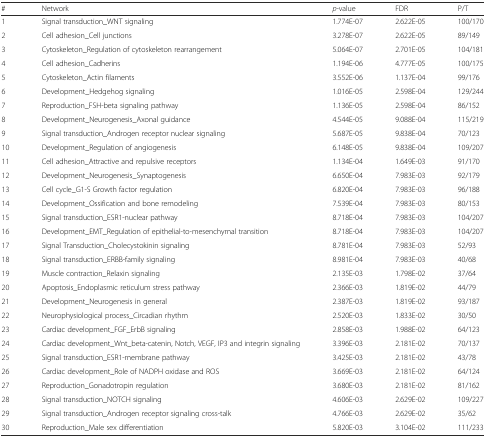
<table><thead><tr><td><b>#</b></td><td><b>Network</b></td><td><b><i>p</i>-value</b></td><td><b>FDR</b></td><td><b>P/T</b></td></tr></thead><tbody><tr><td>1</td><td>Signal transduction_WNT signaling</td><td>1.774E-07</td><td>2.622E-05</td><td>100/170</td></tr><tr><td>2</td><td>Cell adhesion_Cell junctions</td><td>3.278E-07</td><td>2.622E-05</td><td>89/149</td></tr><tr><td>3</td><td>Cytoskeleton_Regulation of cytoskeleton rearrangement</td><td>5.064E-07</td><td>2.701E-05</td><td>104/181</td></tr><tr><td>4</td><td>Cell adhesion_Cadherins</td><td>1.194E-06</td><td>4.777E-05</td><td>100/175</td></tr><tr><td>5</td><td>Cytoskeleton_Actin filaments</td><td>3.552E-06</td><td>1.137E-04</td><td>99/176</td></tr><tr><td>6</td><td>Development_Hedgehog signaling</td><td>1.016E-05</td><td>2.598E-04</td><td>129/244</td></tr><tr><td>7</td><td>Reproduction_FSH-beta signaling pathway</td><td>1.136E-05</td><td>2.598E-04</td><td>86/152</td></tr><tr><td>8</td><td>Development_Neurogenesis_Axonal guidance</td><td>4.544E-05</td><td>9.088E-04</td><td>115/219</td></tr><tr><td>9</td><td>Signal transduction_Androgen receptor nuclear signaling</td><td>5.687E-05</td><td>9.838E-04</td><td>70/123</td></tr><tr><td>10</td><td>Development_Regulation of angiogenesis</td><td>6.148E-05</td><td>9.838E-04</td><td>109/207</td></tr><tr><td>11</td><td>Cell adhesion_Attractive and repulsive receptors</td><td>1.134E-04</td><td>1.649E-03</td><td>91/170</td></tr><tr><td>12</td><td>Development_Neurogenesis_Synaptogenesis</td><td>6.650E-04</td><td>7.983E-03</td><td>92/179</td></tr><tr><td>13</td><td>Cell cycle_G1-S Growth factor regulation</td><td>6.820E-04</td><td>7.983E-03</td><td>96/188</td></tr><tr><td>14</td><td>Development_Ossification and bone remodeling</td><td>7.539E-04</td><td>7.983E-03</td><td>80/153</td></tr><tr><td>15</td><td>Signal transduction_ESR1-nuclear pathway</td><td>8.718E-04</td><td>7.983E-03</td><td>104/207</td></tr><tr><td>16</td><td>Development_EMT_Regulation of epithelial-to-mesenchymal transition</td><td>8.718E-04</td><td>7.983E-03</td><td>104/207</td></tr><tr><td>17</td><td>Signal Transduction_Cholecystokinin signaling</td><td>8.781E-04</td><td>7.983E-03</td><td>52/93</td></tr><tr><td>18</td><td>Signal transduction_ERBB-family signaling</td><td>8.981E-04</td><td>7.983E-03</td><td>40/68</td></tr><tr><td>19</td><td>Muscle contraction_Relaxin signaling</td><td>2.135E-03</td><td>1.798E-02</td><td>37/64</td></tr><tr><td>20</td><td>Apoptosis_Endoplasmic reticulum stress pathway</td><td>2.366E-03</td><td>1.819E-02</td><td>44/79</td></tr><tr><td>21</td><td>Development_Neurogenesis in general</td><td>2.387E-03</td><td>1.819E-02</td><td>93/187</td></tr><tr><td>22</td><td>Neurophysiological process_Circadian rhythm</td><td>2.520E-03</td><td>1.833E-02</td><td>30/50</td></tr><tr><td>23</td><td>Cardiac development_FGF_ErbB signaling</td><td>2.858E-03</td><td>1.988E-02</td><td>64/123</td></tr><tr><td>24</td><td>Cardiac development_Wnt_beta-catenin, Notch, VEGF, IP3 and integrin signaling</td><td>3.396E-03</td><td>2.181E-02</td><td>70/137</td></tr><tr><td>25</td><td>Signal transduction_ESR1-membrane pathway</td><td>3.425E-03</td><td>2.181E-02</td><td>43/78</td></tr><tr><td>26</td><td>Cardiac development_Role of NADPH oxidase and ROS</td><td>3.669E-03</td><td>2.181E-02</td><td>64/124</td></tr><tr><td>27</td><td>Reproduction_Gonadotropin regulation</td><td>3.680E-03</td><td>2.181E-02</td><td>81/162</td></tr><tr><td>28</td><td>Signal transduction_NOTCH signaling</td><td>4.606E-03</td><td>2.629E-02</td><td>109/227</td></tr><tr><td>29</td><td>Signal transduction_Androgen receptor signaling cross-talk</td><td>4.766E-03</td><td>2.629E-02</td><td>35/62</td></tr><tr><td>30</td><td>Reproduction_Male sex differentiation</td><td>5.820E-03</td><td>3.104E-02</td><td>111/233</td></tr></tbody></table>